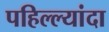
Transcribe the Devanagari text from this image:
पहिल्ल्यांदा